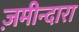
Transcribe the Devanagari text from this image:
ज़मीन्दारा